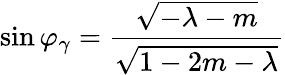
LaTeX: \sin\varphi_{\gamma}=\frac{\sqrt{-\lambda-m}}{\sqrt{1-2m-\lambda}}